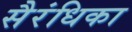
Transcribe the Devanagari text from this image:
सैरंधिका